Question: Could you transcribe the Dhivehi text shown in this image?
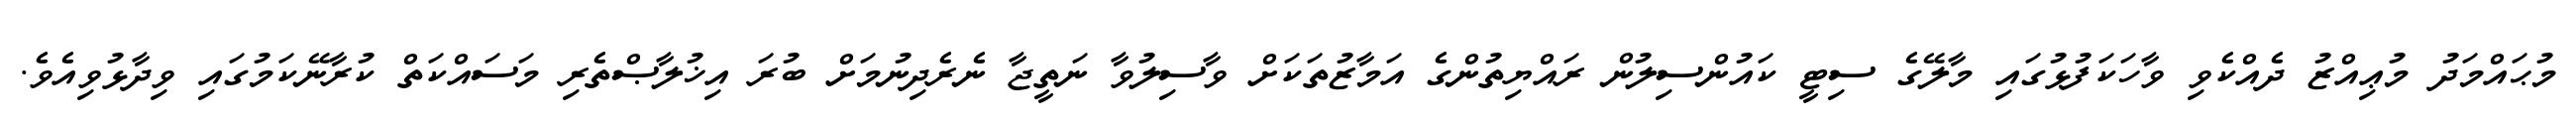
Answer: މުޙައްމަދު މުޢިއްޒު ދެއްކެވި ވާހަކަފުޅުގައި މާލޭގެ ސިޓީ ކައުންސިލުން ރައްޔިތުންގެ އަމާޒުތަކަށް ވާސިލުވާ ނަތީޖާ ނެރެދިނުމަށް ބުރަ އިޚުލާޞްތެރި މަސައްކަތް ކުރާނޭކަމުގައި ވިދާޅުވިއެވެ.